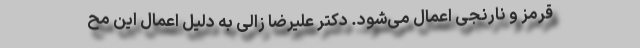
قرمز و نارنجی اعمال می‌شود. دکتر علیرضا زالی به دلیل اعمال این مح